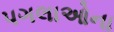
પગલાઓના